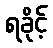
ရခိုင့်